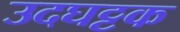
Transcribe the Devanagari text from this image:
उदघट्टक